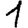
Digit: 1